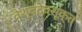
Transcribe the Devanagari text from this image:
वैश्वदेवसूक्त